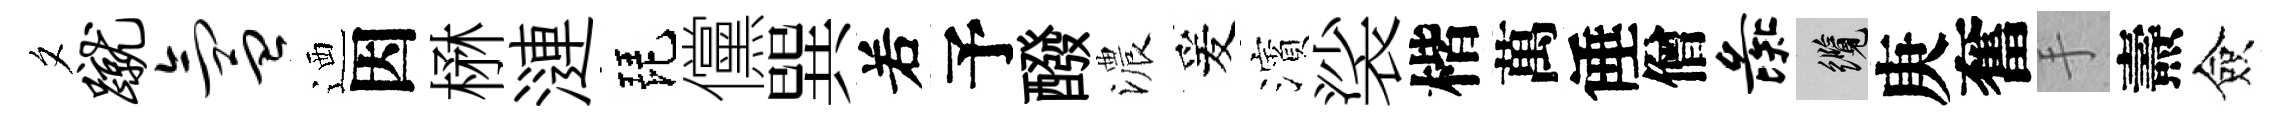
夕蹴氲迺因楙漣琵儻巽𠰥予醱濃爰濱裟楷萬倕僧彘纜庚奮手燾僉